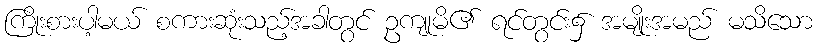
ကြိုးစားပါ့မယ် စကားဆုံးသည့်အခါတွင် ဥကျုမိ၏ ရင်တွင်း၌ အမျိုးအမည် မသိသော